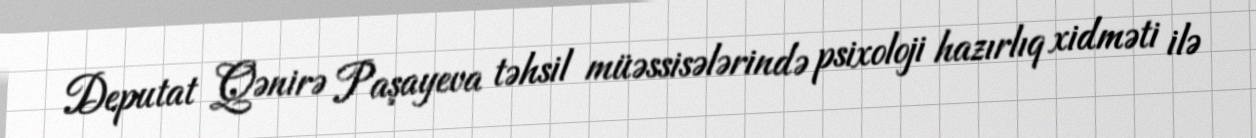
Deputat Qənirə Paşayeva təhsil müəssisələrində psixoloji hazırlıq xidməti ilə